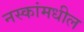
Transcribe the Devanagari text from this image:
नस्कांमधील